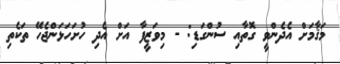
މަޤާމަށް އެދެންވީ ގޮތާއި ސުންގަޑި: - މިވަޒީފާ އަށް އެދި ހުށަހަޅަންޖެހޭ ތަކެތި